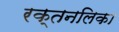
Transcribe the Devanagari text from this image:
रक्तनलिका